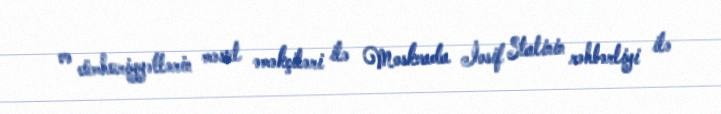
və cümhuriyyətlərin məsul əməkçiləri ilə Moskvada İosif Stalinin rəhbərliyi ilə